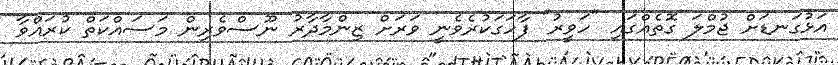
އަޅުގަނޑަށް ޖުމްލަ ގޮތެއްގައި "ހަވީރު" ފާހަގަކުރެވެނީ ވަރަށް ޒިންމާދާރު ނޫސްވެރިން މަސައްކަތް ކުރައްވާ